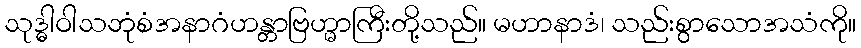
သုဒ္ဓါဝါသဘုံစံအနာဂံဟန္တာဗြဟ္မာကြီးတို့သည်။ မဟာနာဒံ၊ သည်းစွာသောအသံကို။